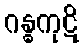
ဂန္ဓကုဋိ